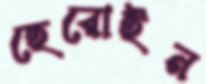
হেরোইন